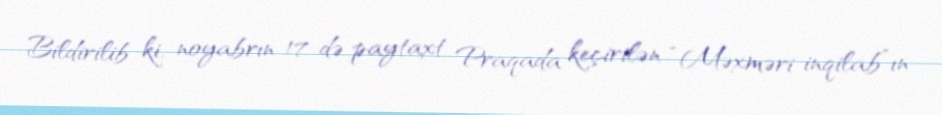
Bildirilib ki, noyabrın 17-də paytaxt Praqada keçirilən “Məxməri inqilab”ın